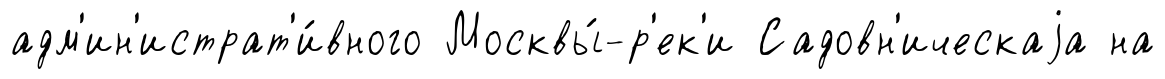
адм'ин'истрат'и́вного Москвы́-р'ек'и Садовн'ическаjа на